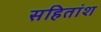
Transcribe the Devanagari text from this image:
सहितांश